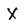
Character: X